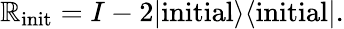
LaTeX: \mathbb{R}_{\mathrm{{init}}}=I-2|\mathrm{{initial}}\rangle\langle\mathrm{{initial}}|.